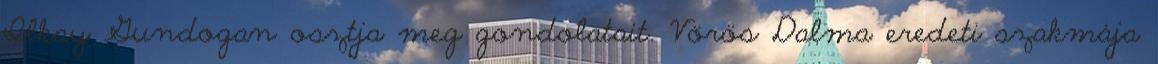
Ilkay Gundogan osztja meg gondolatait. Vörös Dalma eredeti szakmája